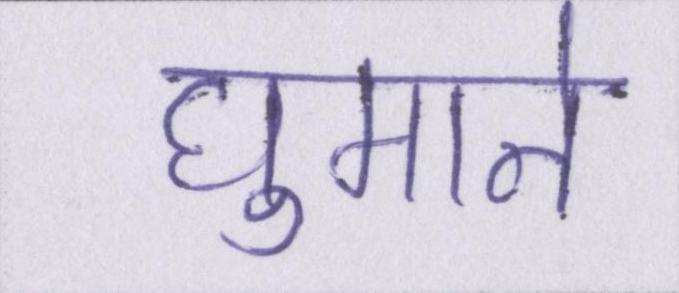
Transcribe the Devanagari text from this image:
घुमाने